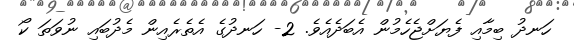
ހަނދު ބިމާއި ފެޔަށްޖެހެމުން އެބަދެއެވެ. 2- ހަނދުގެ އެތެރެއިން މެދުބައި ނުވަތަ ކޯ